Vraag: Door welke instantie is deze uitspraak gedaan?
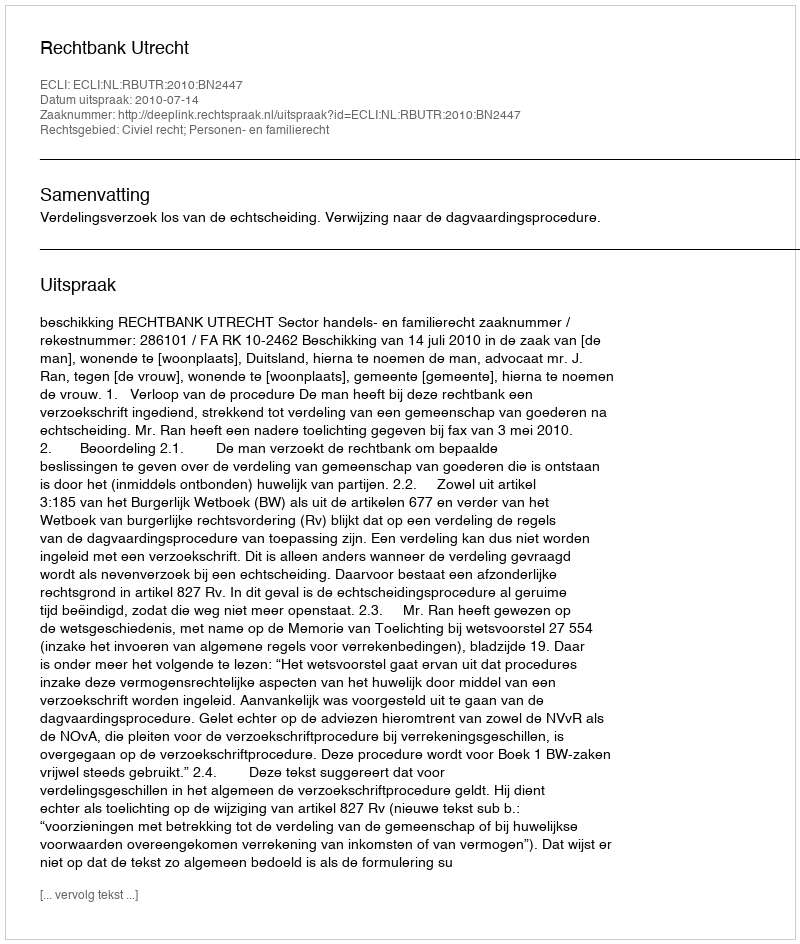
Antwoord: Rechtbank Utrecht